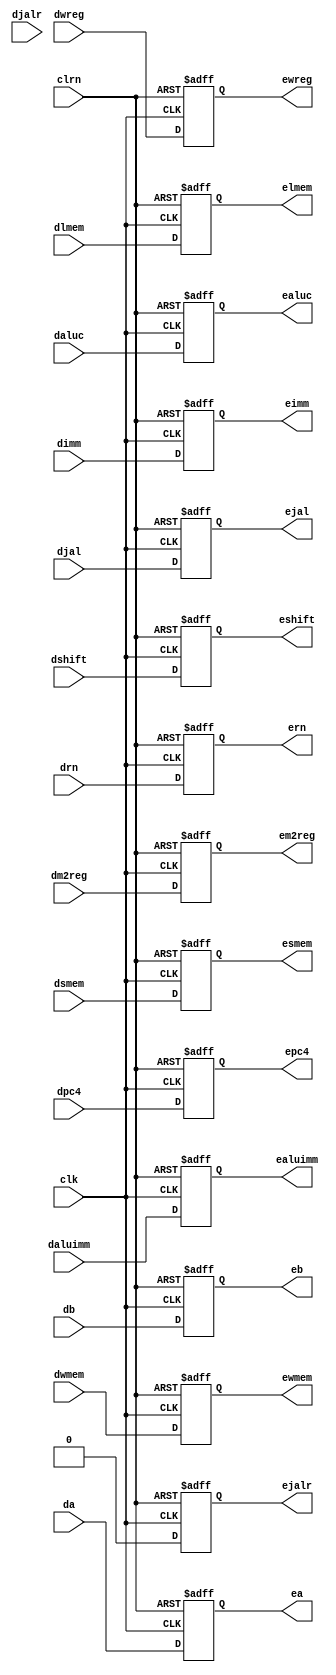
`timescale 1ns / 1ps
//////////////////////////////////////////////////////////////////////////////////
// Company: 
// Engineer: 
// 
// Design Name: 
// Module Name: pipedereg
// Project Name: 
// Target Devices: 
// Tool Versions: 
// Description: 
// 
// Dependencies: 
// 
// Revision:
// Revision 0.01 - File Created
// Additional Comments:
// 
//////////////////////////////////////////////////////////////////////////////////


module pipedereg(dwreg,dm2reg,dwmem,daluc,daluimm,da,db,dimm,drn,
dshift,djal,djalr,dlmem,dsmem,dpc4,clk,clrn,ewreg,em2reg,ewmem,
ealuc,ealuimm,ea,eb,eimm,ern,eshift,ejal,ejalr,elmem,esmem,epc4);
    input [31:0] da,db,dimm,dpc4;
    input [4:0] drn;
    input [3:0] daluc;
    input dwreg,dm2reg,dwmem,daluimm,dshift,djal;
    input djalr;
    //for memory
    input [2:0] dlmem;
    input [1:0] dsmem;
    
    input clk,clrn;
    output [31:0] ea,eb,eimm,epc4;
    output [4:0] ern;
    output [3:0] ealuc;
    output ewreg,em2reg,ewmem,ealuimm,eshift,ejal;
    output ejalr;
    //for memory
    output [2:0] elmem;
    output [1:0] esmem;
    reg [31:0] ea,eb,eimm,epc4;
    reg [4:0] ern;
    reg [3:0] ealuc;
    reg ewreg,em2reg,ewmem,ealuimm,eshift,ejal,ejalr;
    reg [2:0] elmem;
    reg [1:0] esmem;
    always @(negedge clrn or posedge clk)
        if (clrn == 0) begin
            ewreg <= 0;            em2reg <= 0;
            ewmem <= 0;            ealuc <= 0;
            ealuimm <= 0;            ea <= 0;
            eb <= 0;            eimm <= 0;
            ern <= 0;            eshift <= 0;
            ejal <= 0;            epc4 <= 0;
            ejalr <=0;
            elmem <= 0;           esmem <= 0;
        end else begin
            ewreg <= dwreg;            em2reg <= dm2reg;
            ewmem <= dwmem;            ealuc <= daluc;
            ealuimm <= daluimm;            ea <= da;
            eb <= db;            eimm <= dimm;
            ern <= drn;            eshift <= dshift;
            ejal <= djal;            epc4 <= dpc4;
            ejalr <= 0;
            elmem <= dlmem;           esmem <= dsmem;
        end
endmodule